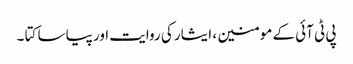
پی ٹی آئی کے مومنین ، ایثار کی روایت اور پیاسا کتا ۔